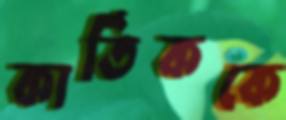
কার্তিককে